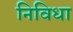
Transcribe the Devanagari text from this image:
निविधा